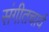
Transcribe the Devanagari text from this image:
संगीतचार्य